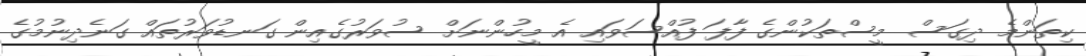
ކިތަންމެ ދިގަސް މީސްތަކުންގެ ފާފަ ފުއްސަވައި އެ މީހުންނަށް ސުވަރުގެއިން ގަނޑުވަރުތައް ގަނެދިނުމުގެ